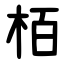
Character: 栢